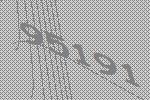
95191